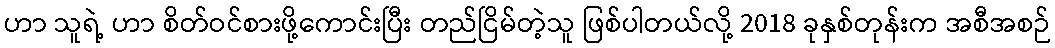
ဟာ သူရဲ့ ဟာ စိတ်ဝင်စားဖို့ကောင်းပြီး တည်ငြိမ်တဲ့သူ ဖြစ်ပါတယ်လို့ 2018 ခုနှစ်တုန်းက အစီအစဉ်